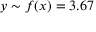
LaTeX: y \sim f ( x ) = 3 . 6 7